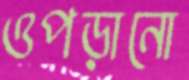
ওপড়ানো